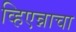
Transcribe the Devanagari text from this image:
व्हिएन्नाचा